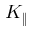
K _ { \| }